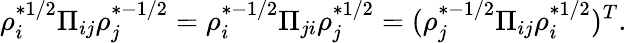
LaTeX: \rho_{i}^{*1/2}\Pi_{ij}\rho_{j}^{*-1/2}=\rho_{i}^{*-1/2}\Pi_{ji}\rho_{j}^{*1/2}=(\rho_{j}^{*-1/2}\Pi_{ij}\rho_{i}^{*1/2})^{T}.